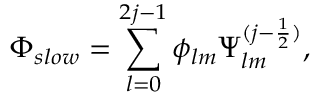
\Phi _ { s l o w } = \sum _ { l = 0 } ^ { 2 j - 1 } \phi _ { l m } \Psi _ { l m } ^ { ( j - \frac { 1 } { 2 } ) } ,